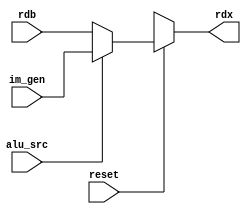
`timescale 1ns / 1ps
//////////////////////////////////////////////////////////////////////////////////
// Company: 
// Engineer: 
// 
// Design Name: 
// Module Name:    alu_mux 
// Project Name: 
// Target Devices: 
// Tool versions: 
// Description: 
//
// Dependencies: 
//
// Revision: 
// Revision 0.01 - File Created
// Additional Comments: 
//
//////////////////////////////////////////////////////////////////////////////////
// Generated by MyHDL 0.11


`timescale 1ns/10ps

module alu_mux (
    reset,
    im_gen,
    rdb,
    rdx,
    alu_src
);


input reset;
input [31:0] im_gen;
input [31:0] rdb;
output [31:0] rdx;
reg [31:0] rdx1;
input [0:0] alu_src;




always @(reset,im_gen,rdb,alu_src) begin: ALU_MUX_AMUX
    if ((reset == 1)) begin
        if (alu_src) begin
            rdx1 <= im_gen;
        end
        else begin
            rdx1 <= rdb;
        end
    end
    //
    else
        rdx1<=32'bX;
    //
end
assign rdx=rdx1;
endmodule